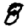
Digit: 8